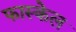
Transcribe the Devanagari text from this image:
फास्केल